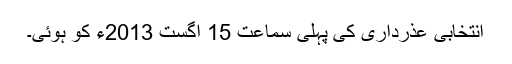
انتخابی عذرداری کی پہلی سماعت 15 اگست 2013ء کو ہوئی۔